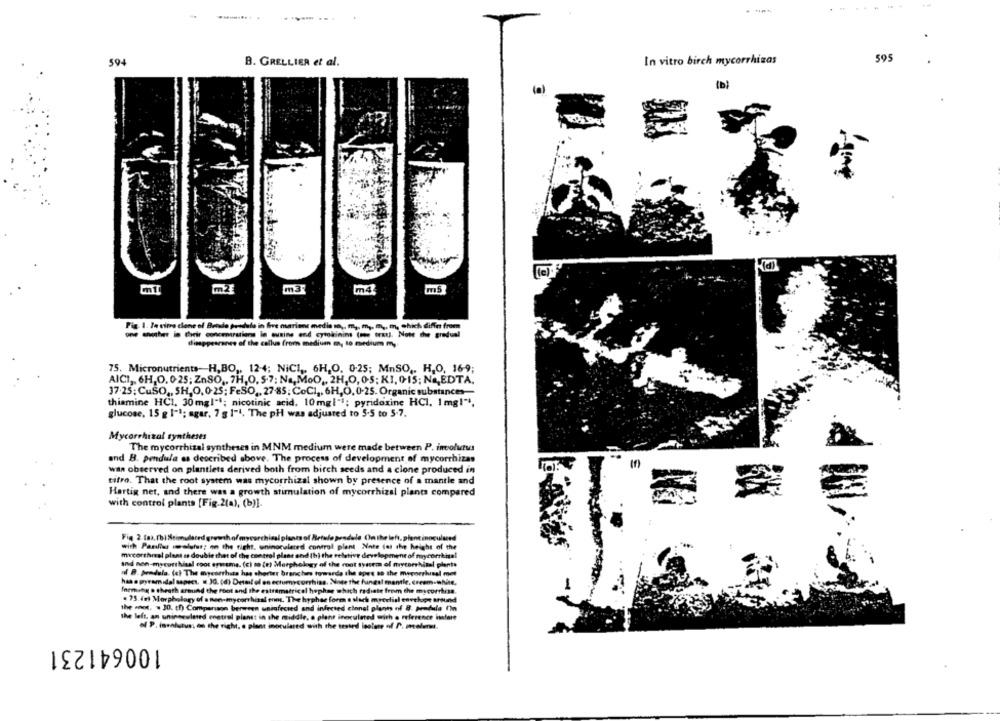
. -*
595
594
B. GRELLIER et al.
In vitro birch mycorrhizas
(a)
m4
Fig. 1. In vitro clone of Betado produto in Sve marione media in ,, m, m ,, m ,, m, which differ from
dieppesranes of the callus from medium , to medium m,
75. Micronutrients-H,BO ,. 124; NICI ,, 6H,O, 0-25; MnSO ,. H,O, 16-9;
AICI ,, 6H,O, 0-25; ZnSO ,, 7H,0, 5-7; Na, MoO ,, 2H,0,05: KI, 0-15; Na,EDTA,
37.25; CuSO ,, SH,O, 0-25; FeSO ,, 27-85; CoCI ,, 6H,O, 0-25. Organic substances
thiamine HCI, 30mgl""; nicotinic acid, 10mgl"4; pyridoxine HCI, Img!".
glucose, 15 g 1"1; agar, 7 g 1-4. The pH was adjusted to 5.5 to 5-7.
Mycorrhizal syntheses
The mycorrhizal syntheses in MNM medium were made between P. incolutus
and B. pendula as described above. The process of development of mycorrhizas
was observed on plantlets derived both from birch seeds and a clone produced in
titro. That the root system was mycorrhizal shown by presence of a mantle and
Hartig net, and there was a growth stimulation of mycorrhizal plants compared
with control plants [Fig.2(a), (b)]
Fig 2 fax. fbiStimulatedgrowthofmycorchiasl plants of Betule pradule Onthe left, plantinoculund
with Parllas imolufst; on the right. whinocalered control plant Note for the height of the
micorthral plant is double thet of the control plane and (b) the relative development of mycorrkhal
and non-mycorthisal cpot ogsame. (ci mo (e) Morphology of the most system of mycorrhisal plente
of B. pendula. (c) The mycorrhida han shorter branches towards the apes so the mycorrhisal met
habe pyramidal sapect. 1 30. (d) Detail ol en ectumycorrhins. Note the fungal mantle, cream-white,
forming o cheath around the foot and the extramatrical hephag which radiate from the mycorrhiss.
. 75.49) Morphology of a non-mycorrhisal eom, The hyphae form a slach mycelial envelope around
the .not. . 30. th) Comparison berween uninfected and infected cional plants off B. prodala ('in
the left, an uninoculated enetral planst in the middle, a plant inoculated with a reference istart
of P. insaluaus: on the right, e plant inoculared with the tested lestore of P. molens.
100641231